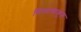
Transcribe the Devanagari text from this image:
विस्मयाकुल